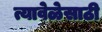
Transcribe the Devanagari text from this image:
त्यावेळेसाठी